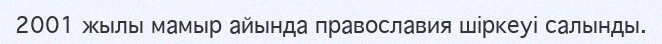
2001 жылы мамыр айында православия шіркеуі салынды.